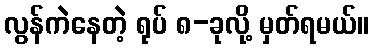
လွန်ကဲနေတဲ့ ရုပ် ၈-ခုလို့ မှတ်ရမယ်။